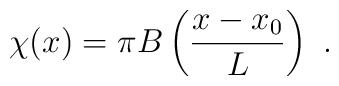
\chi(x)=\pi B \left(\frac{x-x_0}{L}\right) \ .